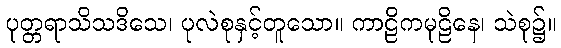
ပုတ္တရာသိသဒိသေ၊ ပုလဲစုနှင့်တူသော။ ကာဠိကမုဠိနေ၊ သဲစု၌။